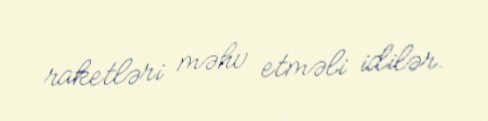
raketləri məhv etməli idilər.